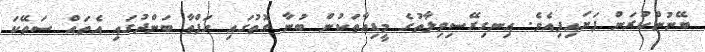
ބޭނުންކުރަން ފަށައިފިއެވެ. އިނގިރޭސިވިލާތުގެ މީޑިއާތަކުން ބުނާ ގޮތުގައި ހަފްތާ ބަންދުގައި އެތައް ސަތޭކަ